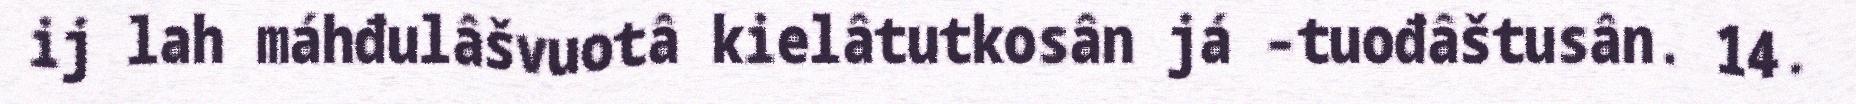
ij lah máhđulâšvuotâ kielâtutkosân já –tuođâštusân. 14.